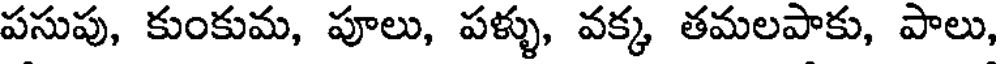
పసుపు, కుంకుమ, పూలు, పళ్ళు, వక్క తమలపాకు, పాలు,